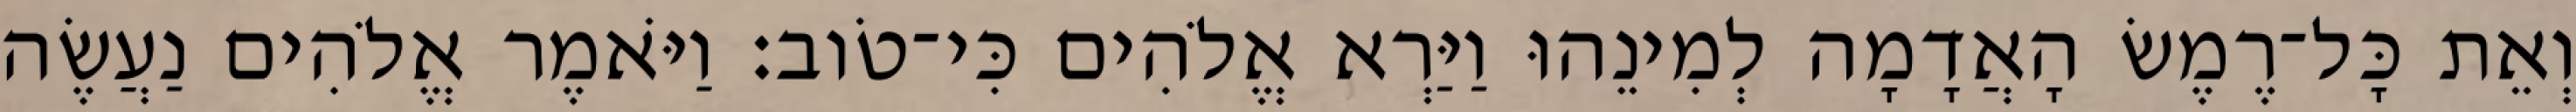
וְאֵת כָּל־רֶמֶשׂ הָאֲדָמָה לְמִינֵהוּ וַיַּרְא אֱלֹהִים כִּי־טֹוב׃ וַיֹּאמֶר אֱלֹהִים נַעֲשֶׂה